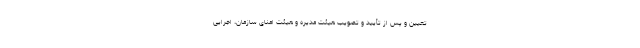
تعیین و پس از تأیید و تصویب هیئت مدیره و هیئت امنای سازمان، اجرایی